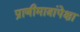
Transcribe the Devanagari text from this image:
प्राणीमात्रांपेक्षा